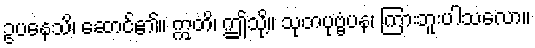
ဥပနေသိ၊ ဆောင်၏။ ဣတိ၊ ဤသို့။ သုတပုဗ္ဗံပန၊ ကြားဘူးပါသလော။